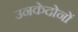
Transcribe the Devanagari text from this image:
उनकेदोनों